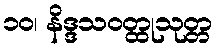
၁၀၊ နိဒ္ဒသဝတ္ထုသုတ္တ